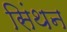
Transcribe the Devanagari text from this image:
सिंथन